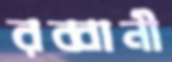
রব্বানী